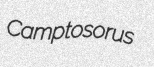
Camptosorus